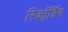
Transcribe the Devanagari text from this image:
रिकॉ्र्डिंग